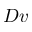
D v